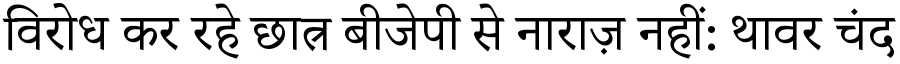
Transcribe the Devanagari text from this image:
विरोध कर रहे छात्र बीजेपी से नाराज़ नहीं: थावर चंद